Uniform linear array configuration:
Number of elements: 24
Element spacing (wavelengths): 0.75
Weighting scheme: hamming
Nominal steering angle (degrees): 15
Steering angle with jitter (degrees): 14.131
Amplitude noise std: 0.05
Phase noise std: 0.05

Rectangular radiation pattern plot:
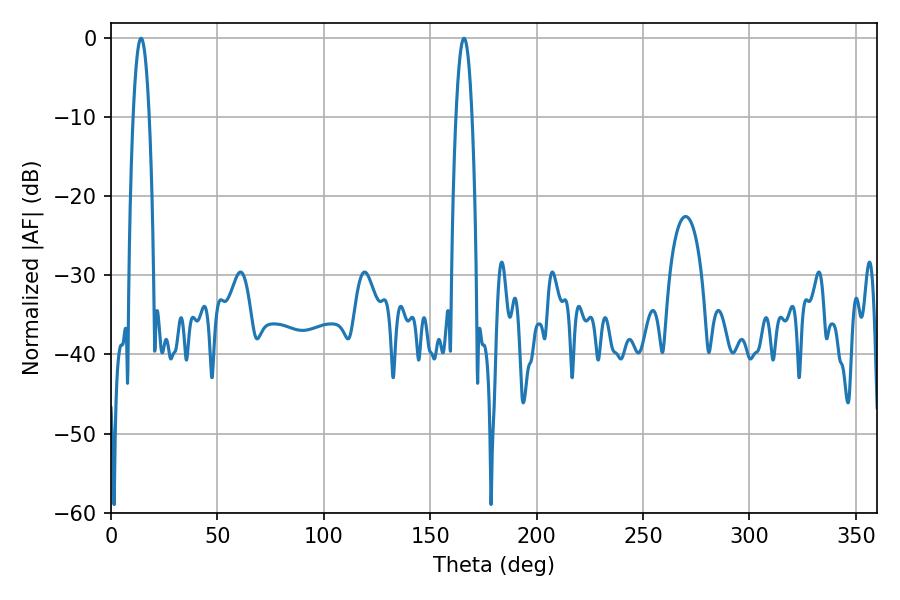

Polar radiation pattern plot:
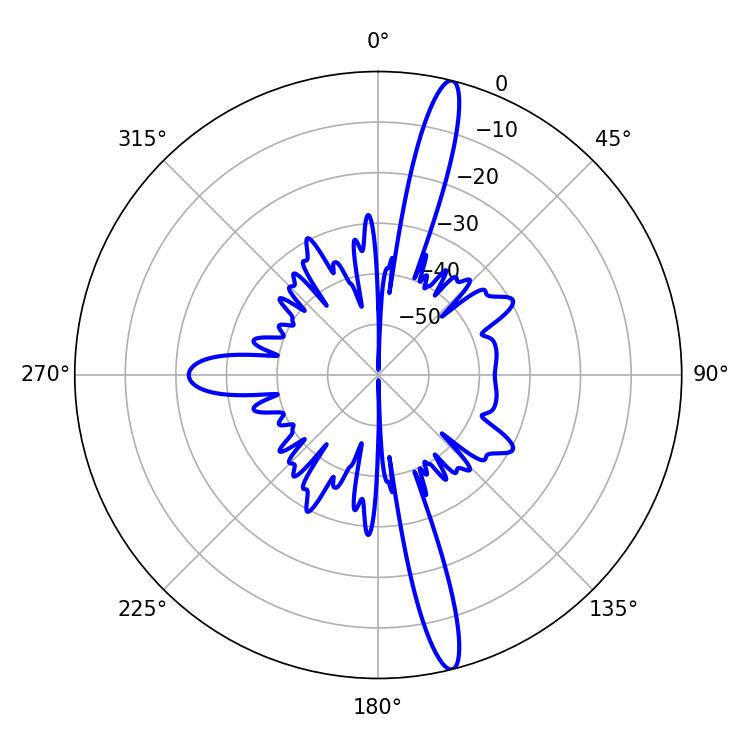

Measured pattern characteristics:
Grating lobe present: TRUE
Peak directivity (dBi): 17.238
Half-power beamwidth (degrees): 4.14
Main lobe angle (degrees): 14.04